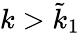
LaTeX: k>\tilde{k}_{1}